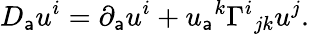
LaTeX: D_{\mathsf{a}}u^{i}=\partial_{\mathsf{a}}u^{i}+u_{\mathsf{a}}{}^{k}\Gamma^{i}{}_{jk}u^{j}.